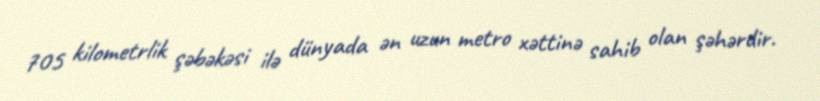
705 kilometrlik şəbəkəsi ilə dünyada ən uzun metro xəttinə sahib olan şəhərdir.